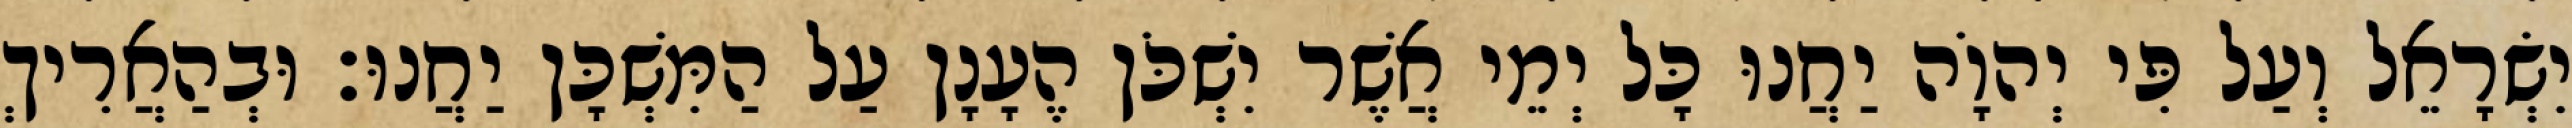
יִשְׂרָאֵל וְעַל פִּי יְהוָֹה יַחֲנוּ כָּל יְמֵי אֲשֶׁר יִשְׁכֹּן הֶעָנָן עַל הַמִּשְׁכָּן יַחֲנוּ׃ וּבְהַאֲרִיךְ